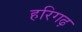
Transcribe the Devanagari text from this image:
हरिगढ़